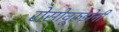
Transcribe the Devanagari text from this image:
रोसोवूरुझेनी